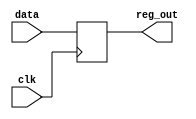
module register (
    input data,
    input clk,
    output reg_out
);

reg reg_out;

always @(posedge clk) begin
    reg_out <= data;
end

endmodule